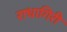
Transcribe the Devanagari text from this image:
राधागिरी